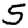
Digit: 5